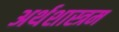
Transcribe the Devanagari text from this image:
अर्थशास्त्रम